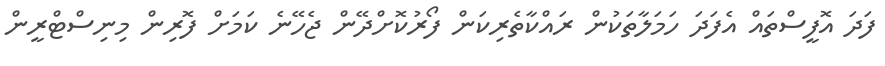
ފަދަ އޮފީސްތައް އެފަދަ ހަމަލާތަކުން ރައްކާތެރިކަން ފޯރުކޮށްދޭން ޖެހޭނެ ކަމަށް ފޮރިން މިނިސްޓްރީން